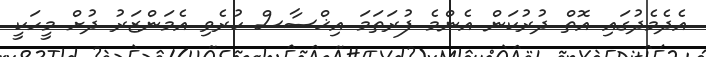
އެދެމެދުގައި އޮތް ދުރުކަން އެންމެ ފުރަތަމަ އިޚްސާސް ކުރެވި އެމަންޒަރު ދުށް މީހަކީ